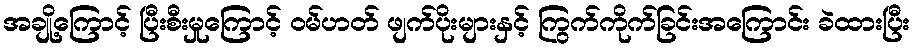
အချို့ကြောင့် ပြီးစီးမှုကြောင့် ဝမ်ဟတ် ဖျက်ပိုးများနှင့် ကြွက်ကိုက်ခြင်းအကြောင်း ခဲထားပြီး